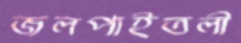
জলপাইতলী